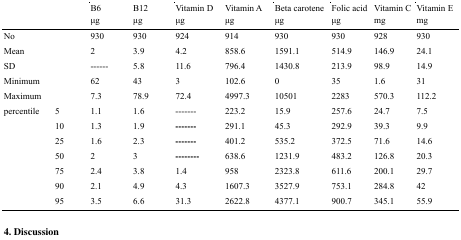
<table><thead><tr><td></td><td></td><td><b>B6 μg</b></td><td><b>B12 μg</b></td><td><b>Vitamin D μg</b></td><td><b>Vitamin A μg</b></td><td><b>Beta carotene μg</b></td><td><b>Folic acid μg</b></td><td><b>Vitamin C mg</b></td><td><b>Vitamin E mg</b></td></tr></thead><tbody><tr><td>No</td><td></td><td>930</td><td>930</td><td>924</td><td>914</td><td>930</td><td>930</td><td>928</td><td>930</td></tr><tr><td colspan="2">Mean</td><td>2</td><td>3.9</td><td>4.2</td><td>858.6</td><td>1591.1</td><td>514.9</td><td>146.9</td><td>24.1</td></tr><tr><td colspan="2">SD</td><td>------</td><td>5.8</td><td>11.6</td><td>796.4</td><td>1430.8</td><td>213.9</td><td>98.9</td><td>14.9</td></tr><tr><td colspan="2">Minimum</td><td>62</td><td>43</td><td>3</td><td>102.6</td><td>0</td><td>35</td><td>1.6</td><td>31</td></tr><tr><td colspan="2">Maximum</td><td>7.3</td><td>78.9</td><td>72.4</td><td>4997.3</td><td>10501</td><td>2283</td><td>570.3</td><td>112.2</td></tr><tr><td rowspan="7">percentile</td><td>5</td><td>1.1</td><td>1.6</td><td>-------</td><td>223.2</td><td>15.9</td><td>257.6</td><td>24.7</td><td>7.5</td></tr><tr><td>10</td><td>1.3</td><td>1.9</td><td>-------</td><td>291.1</td><td>45.3</td><td>292.9</td><td>39.3</td><td>9.9</td></tr><tr><td>25</td><td>1.6</td><td>2.3</td><td>-------</td><td>401.2</td><td>535.2</td><td>372.5</td><td>71.6</td><td>14.6</td></tr><tr><td>50</td><td>2</td><td>3</td><td>--------</td><td>638.6</td><td>1231.9</td><td>483.2</td><td>126.8</td><td>20.3</td></tr><tr><td>75</td><td>2.4</td><td>3.8</td><td>1.4</td><td>958</td><td>2323.8</td><td>611.6</td><td>200.1</td><td>29.7</td></tr><tr><td>90</td><td>2.1</td><td>4.9</td><td>4.3</td><td>1607.3</td><td>3527.9</td><td>753.1</td><td>284.8</td><td>42</td></tr><tr><td>95</td><td>3.5</td><td>6.6</td><td>31.3</td><td>2622.8</td><td>4377.1</td><td>900.7</td><td>345.1</td><td>55.9</td></tr></tbody></table>